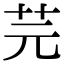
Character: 芫